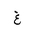
Letter: _gayn